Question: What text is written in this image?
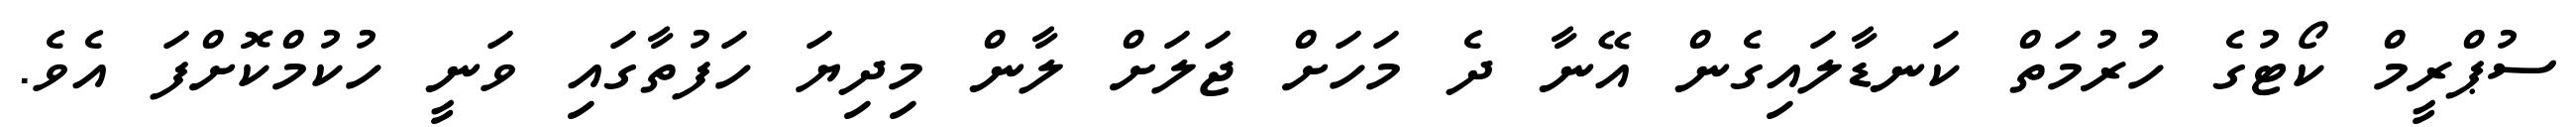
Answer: ސުޕްރީމް ކޯޓުގެ ހުރުމަތް ކަނޑާލައިގެން އޭނާ ދެ މަހަށް ޖަލަށް ލާން މިދިޔަ ހަފުތާގައި ވަނީ ހުކުމްކޮށްފަ އެވެ.